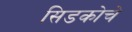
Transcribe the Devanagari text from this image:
सिडकोचे